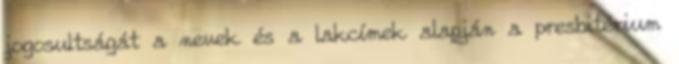
jogosultságát a nevek és a lakcímek alapján a presbitérium